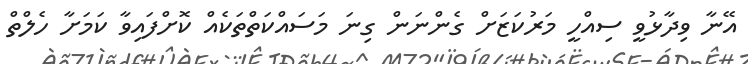
އޭނާ ވިދާޅުވީ ސިއްހީ މަރުކަޒަށް ގެންނަން ގިނަ މަސައްކަތްތަކެއް ކޮށްފައިވާ ކަމަށާ ހެލްތް